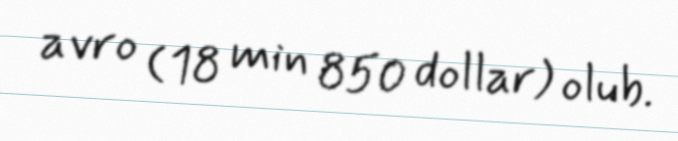
avro (18 min 850 dollar) olub.